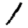
Digit: 1